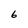
Character: 6